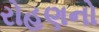
રોહણનો